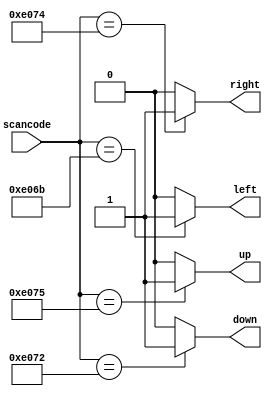
// This program was cloned from: https://github.com/viduraakalanka/HDL-Bits-Solutions
// License: The Unlicense

module top_module (
    input [15:0] scancode,
    output reg left,
    output reg down,
    output reg right,
    output reg up  ); 
	
    always @ (scancode) begin
        up = 1'b0; down = 1'b0; left = 1'b0; right = 1'b0;
        case (scancode)
            16'he06b:begin
                up = 1'b0; down = 1'b0; left = 1'b1; right = 1'b0;
            end
            16'he072:begin
                up = 1'b0; down = 1'b1; left = 1'b0; right = 1'b0;
            end
            16'he074:begin
                up = 1'b0; down = 1'b0; left = 1'b0; right = 1'b1;
            end
            16'he075:begin
                up = 1'b1; down = 1'b0; left = 1'b0; right = 1'b0;
            end
                
        endcase
    end
endmodule